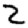
Digit: 2